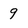
Character: 9